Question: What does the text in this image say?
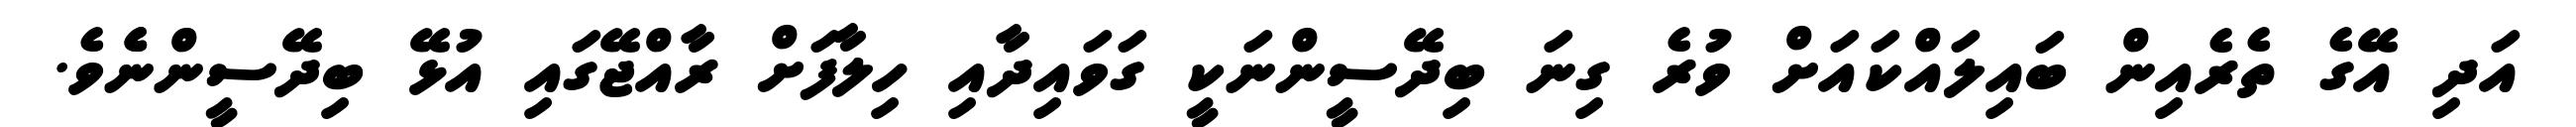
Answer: އަދި އޭގެ ތެރެއިން ބައިލައްކައަށް ވުރެ ގިނަ ބިދޭސީންނަކީ ގަވައިދާއި ހިލާފަށް ރާއްޖޭގައި އުޅޭ ބިދޭސީންނެެވެ.